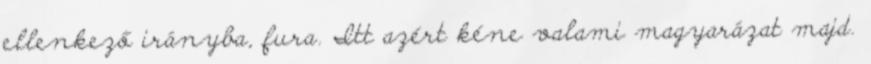
ellenkező irányba, fura. Itt azért kéne valami magyarázat majd.